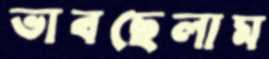
ভাবছেলাম